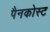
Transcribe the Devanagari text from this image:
पैनकोस्ट